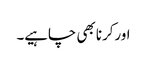
اورکرنا بھی چاہیے۔